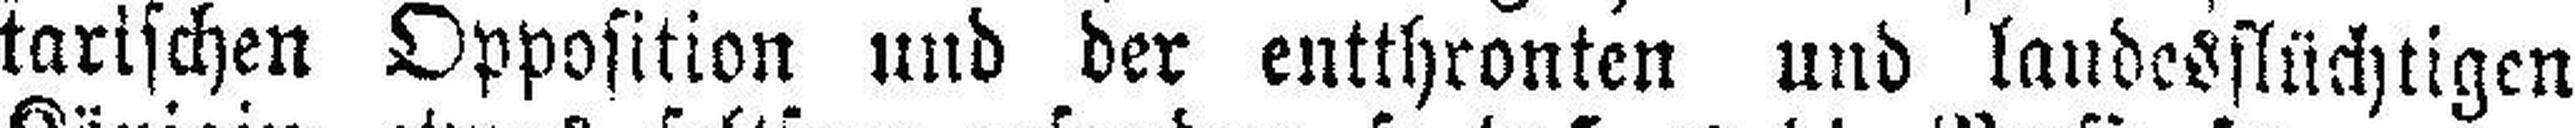
tarischen Opposition und der entthronten und landesflüchtigen